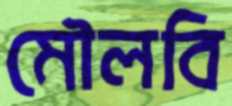
মৌলবি